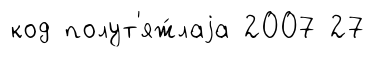
код полут'яж́лаjа 2007 27